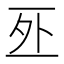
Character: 𠄨